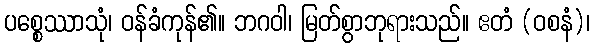
ပစ္စေဿာသုံ၊ ဝန်ခံကုန်၏။ ဘဂဝါ၊ မြတ်စွာဘုရားသည်။ ဧတံ (ဝစနံ)၊